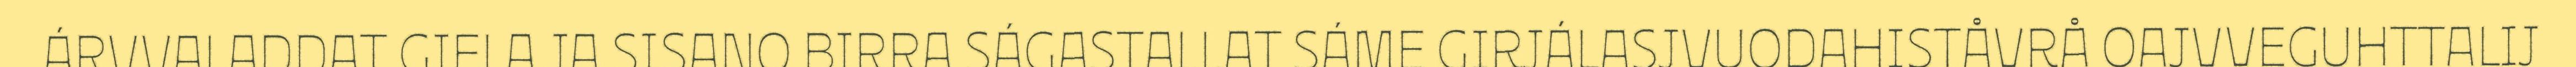
ÁRVVALADDAT GIELA JA SISANO BIRRA SÁGASTALLAT SÁME GIRJÁLASJVUODAHISTÅVRÅ OAJVVEGUHTTALIJ